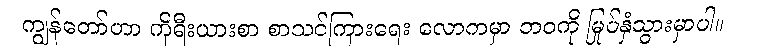
ကျွန်တော်ဟာ ကိုရီးယားစာ စာသင်ကြားရေး လောကမှာ ဘဝကို မြုပ်နှံသွားမှာပါ။